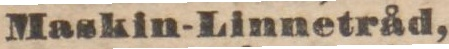
Maskin-Linnetråd,